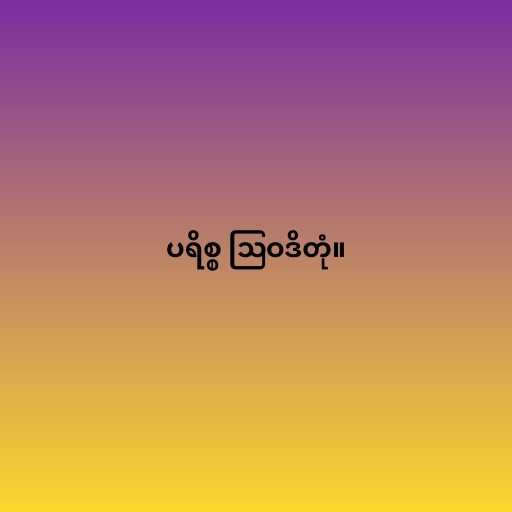
ပရိစ္စ ဩဝဒိတုံ။